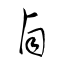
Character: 卣